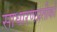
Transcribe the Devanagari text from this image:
साधारणप्रतीकों